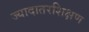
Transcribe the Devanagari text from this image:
ज्यादातरशिक्षण